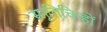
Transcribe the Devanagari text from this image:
स्मृतिचिन्हों